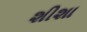
શીશા